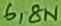
Text: 6,8u